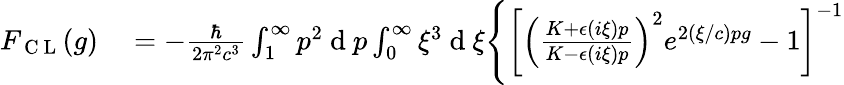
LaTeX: \begin{array}{rl}{F_{\mathrm{~C~L~}}(g)}&{{}=-\frac{\hbar}{2\pi^{2}c^{3}}\int_{1}^{\infty}p^{2}\mathrm{~d~}p\int_{0}^{\infty}\xi^{3}\mathrm{~d~}\xi\Bigg\{ \left[\left(\frac{K+\epsilon\left(i\xi\right)p}{K-\epsilon\left(i\xi\right)p}\right)^{2}e^{2(\xi/c)pg}-1\right]^{-1}}\end{array}